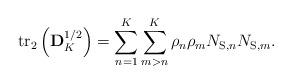
LaTeX: \begin{align*} {\rm{t}}{{\rm{r}}_2}\left( {{\bf{D}}_{K}^{1/2}} \right) = \sum\limits_{n = 1}^{K} {\sum\limits_{m >n}^{K} {{\rho _n}{\rho _m}{N_{{\rm{S,}}n}}{N_{{\rm{S,}}m}}} }.\end{align*}